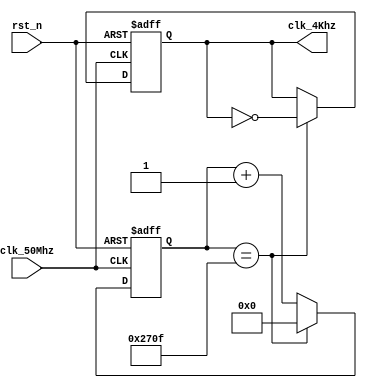
module  clk_div_4Khz(clk_50Mhz,rst_n,clk_4Khz);
	input clk_50Mhz,rst_n;
	output reg clk_4Khz;

	parameter NUM = 10000;
	reg[13:0] cnt;
	always@(posedge clk_50Mhz or negedge rst_n) begin
		if(!rst_n)
			begin
				cnt <= 0;
				clk_4Khz <= 0;
			end
		else if(cnt == NUM - 1) 
			begin
				cnt <= 0;
				clk_4Khz <= ~clk_4Khz;
			end
		else
			cnt <= cnt + 1'b1;
	end
	
endmodule